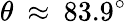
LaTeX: \theta\: \approx\: 83.9^{\circ}